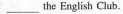
___ the English Club.